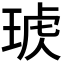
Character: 𤦣